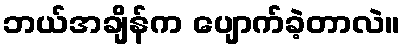
ဘယ်အချိန်က ပျောက်ခဲ့တာလဲ။